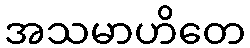
အသမာဟိတေ